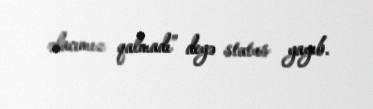
əlacımız qalmadı” deyə status yayıb.